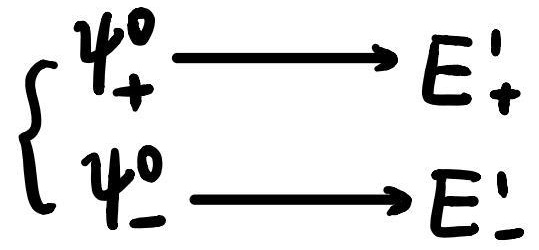
\[
\left\{
\begin{array}{l}
\psi_{+}^{0} \longrightarrow E_{+}' \\
\psi_{-}^{0} \longrightarrow E_{-}'
\end{array}
\right.
\]